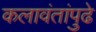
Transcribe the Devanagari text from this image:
कलावंतांपुढे